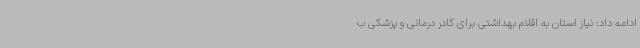
ادامه داد: نیاز استان به اقلام بهداشتی برای کادر درمانی و پزشکی ب